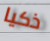
ذكيا